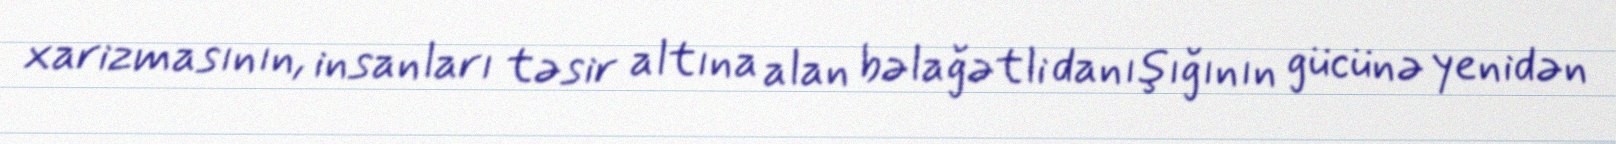
xarizmasının, insanları təsir altına alan bəlağətli danışığının gücünə yenidən